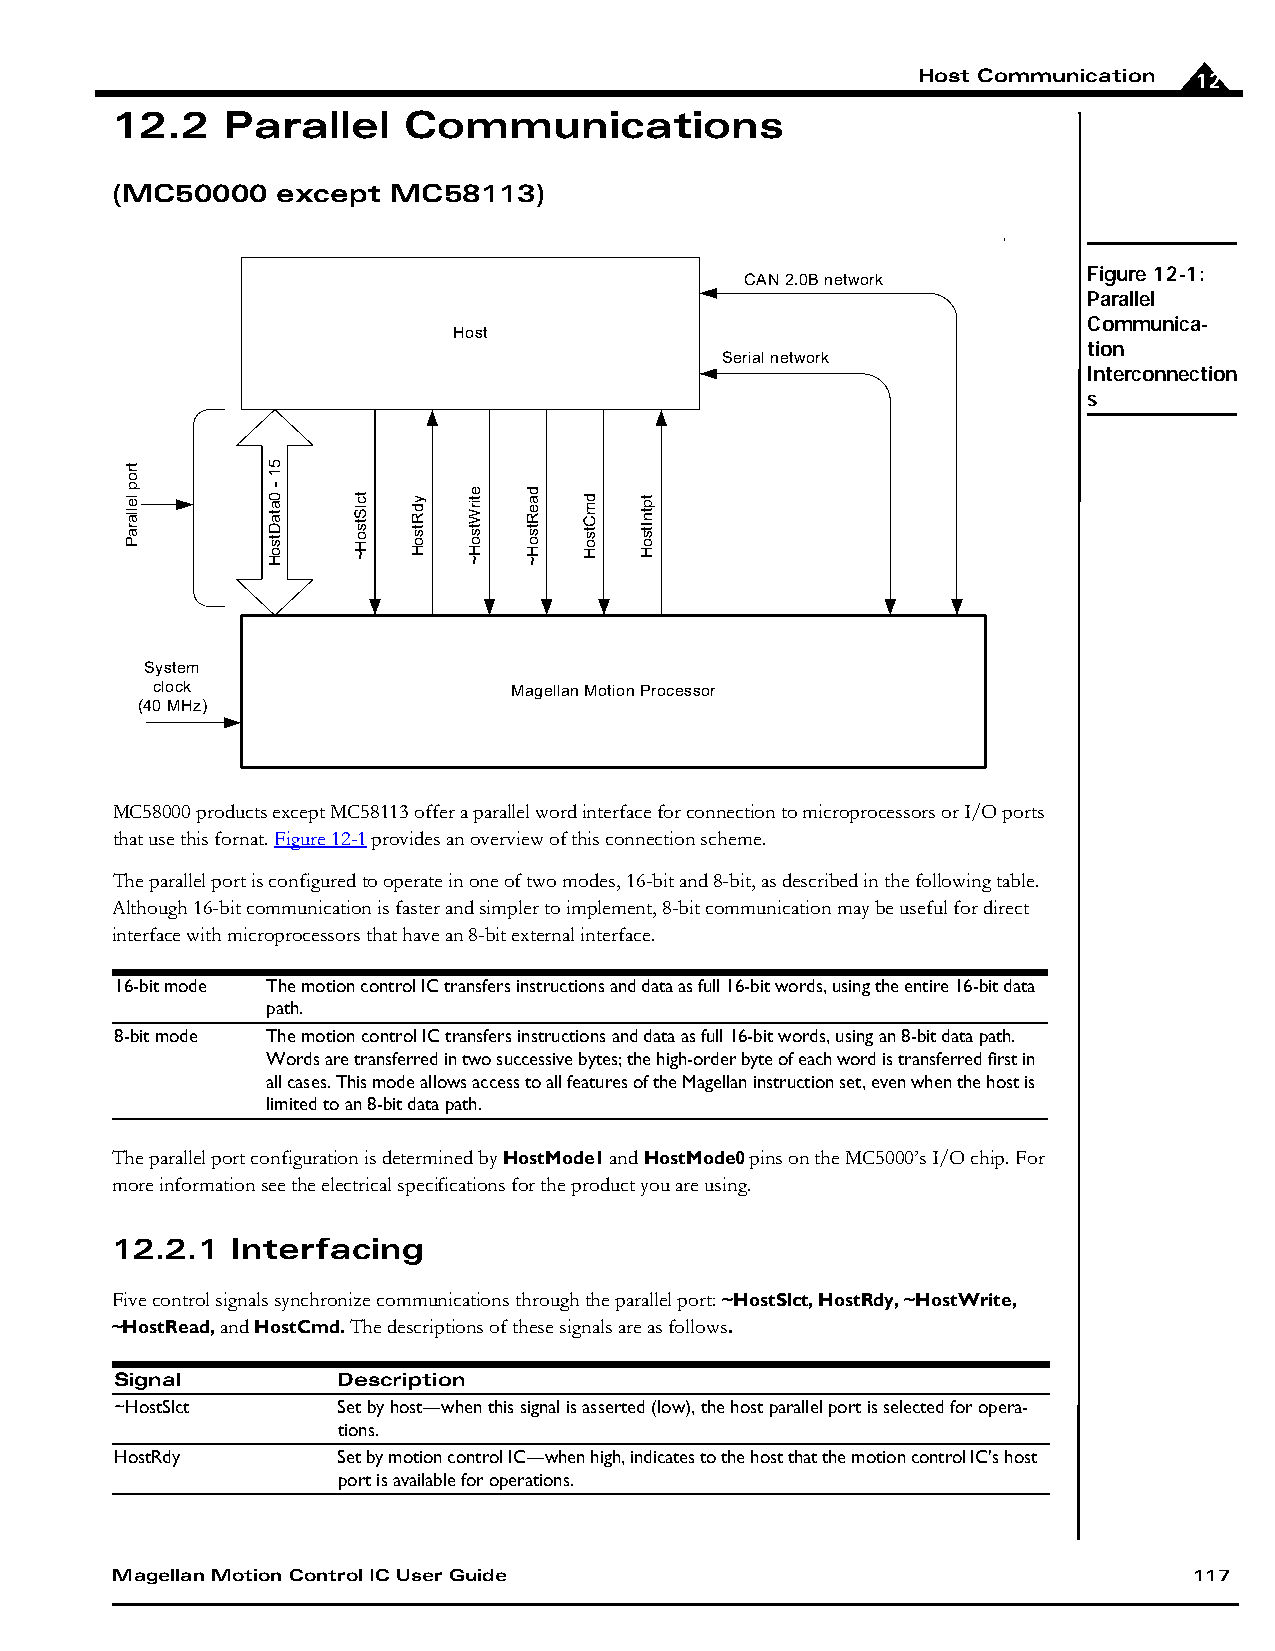
Host Communication 12
 12.2    Parallel    Communications
 (MC50000   except  MC58113)
 Figure 12-1:
 CAN 2.0B network
 Parallel
 Communica-
 Host
 tion
 Serial network
 Interconnection
 s
 System
 clock                   Magellan Motion Processor
 (40 MHz)
 MC58000 products except MC58113 offer a parallel word interface for connection to microprocessors or I/O ports
 that use this fornat. Figure12-1 provides an overview of this connection scheme.
 The parallel port is configured to operate in one of two modes, 16-bit and 8-bit, as described in the following table.
 Although 16-bit communication is faster and simpler to implement, 8-bit communication may be useful for direct
 interface with microprocessors that have an 8-bit external interface.
 16-bit mode The motion control IC transfers instructions and data as full 16-bit words, using the entire 16-bit data
 path.
 8-bit mode The motion control IC transfers instructions and data as full 16-bit words, using an 8-bit data path.
 Words are transferred in two successive bytes; the high-order byte of each word is transferred first in
 all cases. This mode allows access to all features of the Magellan instruction set, even when the host is
 limited to an 8-bit data path.
 The parallel port configuration is determined by HostMode1 and HostMode0 pins on the MC5000’s I/O chip. For
 more information see the electrical specifications for the product you are using.
 12.2.1  Interfacing
 Five control signals synchronize communications through the parallel port: ~HostSlct, HostRdy, ~HostWrite,
 ~HostRead, and HostCmd. The descriptions of these signals are as follows.
 Signal        Description
 ~HostSlct     Set by host—when this signal is asserted (low), the host parallel port is selected for opera-
 tions.
 HostRdy       Set by motion control IC—when high, indicates to the host that the motion control IC's host
 port is available for operations.
 Magellan Motion Control IC User Guide                                   117
 trop
 lellaraP
 51
 - 0ataDtsoH tclStsoH~ ydRtsoH etirWtsoH~ daeRtsoH~ dmCtsoH tptnItsoH